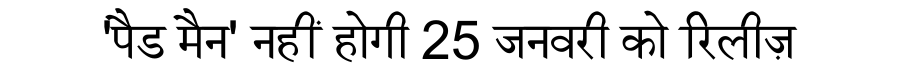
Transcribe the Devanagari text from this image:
'पैड मैन' नहीं होगी 25 जनवरी को रिलीज़